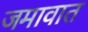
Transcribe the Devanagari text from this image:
जमावात